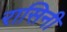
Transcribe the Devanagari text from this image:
रासिनी